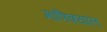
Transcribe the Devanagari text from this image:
माणिक्याल